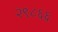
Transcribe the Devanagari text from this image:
२९८६६